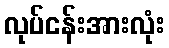
လုပ်ငန်းအားလုံး